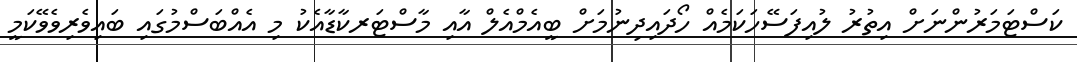
ކަސްޓަމަރުންނަށް އިތުރު ލުއިފަސޭހަކަމެއް ހޯދައިދިނުމަށް ބީއެމްއެލް އާއި މާސްޓަރކާޑާއެކު މި އެއްބަސްމުގައި ބައިވެރިވެވޭކަމީ